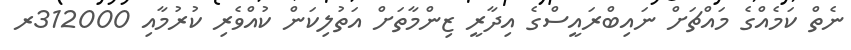
ނެތް ކަމެއްގެ މައްޗަށް ނައިބްރައީސްގެ އިދާރީ ޒިންމާތަށް އަތުލިކަން ކުއްވެރި ކުރުމާއި 312000ރ